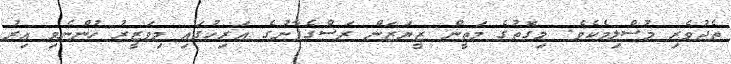
ތެދުވެރި މުސްލިމެކެވެ. މިގޮތުގެ މަތީން ޒީޔަޒަން ރަސްގެފާނުގެ އަރިހުގައި މިވަޒީރު ހުންނެވި އިރު